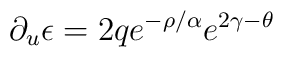
\partial_u \epsilon =2q e^{-\rho / \alpha} e^{ 2\gamma - \theta}